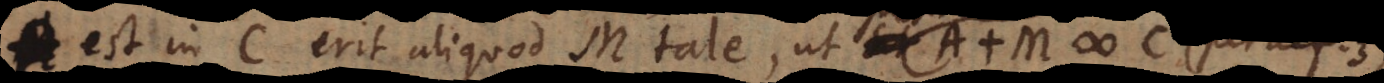
est in C erit aliquod M tale, ut sit possit fieri A +